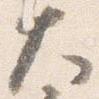
大